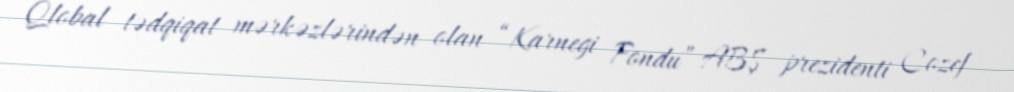
Qlobal tədqiqat mərkəzlərindən olan “Karnegi Fondu” ABŞ prezidenti Cozef